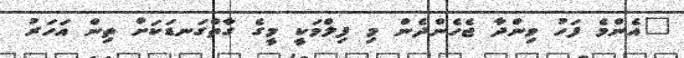
"އެންމެ ފަހު ވިންދާ ޖެހެންދެން މި ފިލްމަކީ މީގެ ގާތްގަނޑަކަށް ތިން އަހަރު